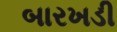
બારખડી